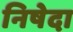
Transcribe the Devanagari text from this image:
निषेदा